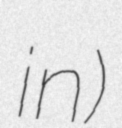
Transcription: in)